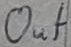
Text: out